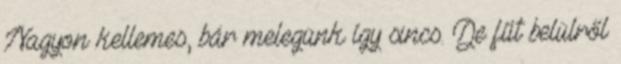
Nagyon kellemes, bár melegünk így sincs. De fűt belülről